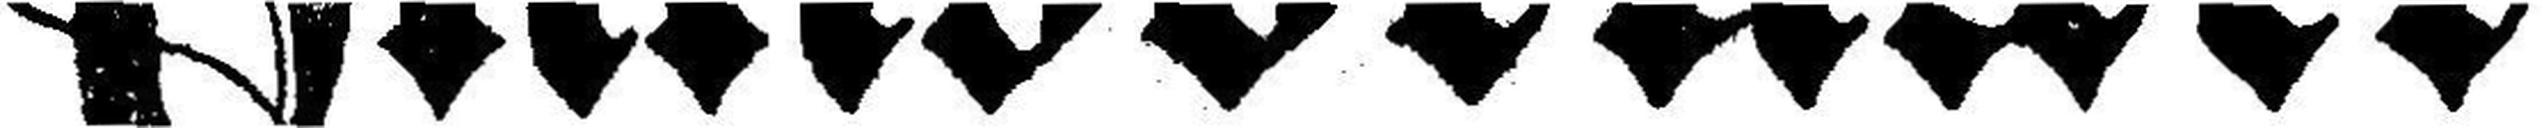
Innsbrucker